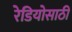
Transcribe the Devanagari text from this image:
रेडियोसाठी